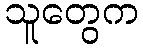
သူတွေက